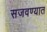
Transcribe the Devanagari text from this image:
सजवण्यात